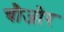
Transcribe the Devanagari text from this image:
चौजोर